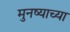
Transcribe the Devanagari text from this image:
मुनष्याच्या